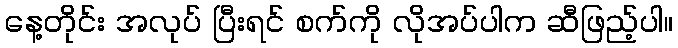
နေ့တိုင်း အလုပ် ပြီးရင် စက်ကို လိုအပ်ပါက ဆီဖြည့်ပါ။